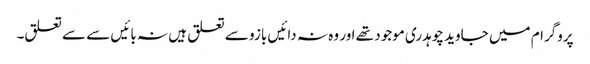
پروگرام میں جاوید چوہدری موجود تھے اور وہ نہ دائیں بازو سے تعلق ہیں نہ بائیں سے سے تعلق۔